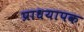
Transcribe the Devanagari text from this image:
प्राधयापक